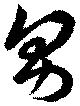
男